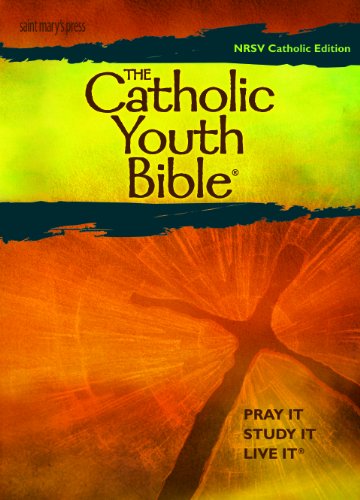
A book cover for The Catholic Youth Bible, Third Edition: New Revised Standard Version: Catholic Edition; Christian Books & Bibles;